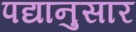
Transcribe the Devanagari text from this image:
पद्यानुसार